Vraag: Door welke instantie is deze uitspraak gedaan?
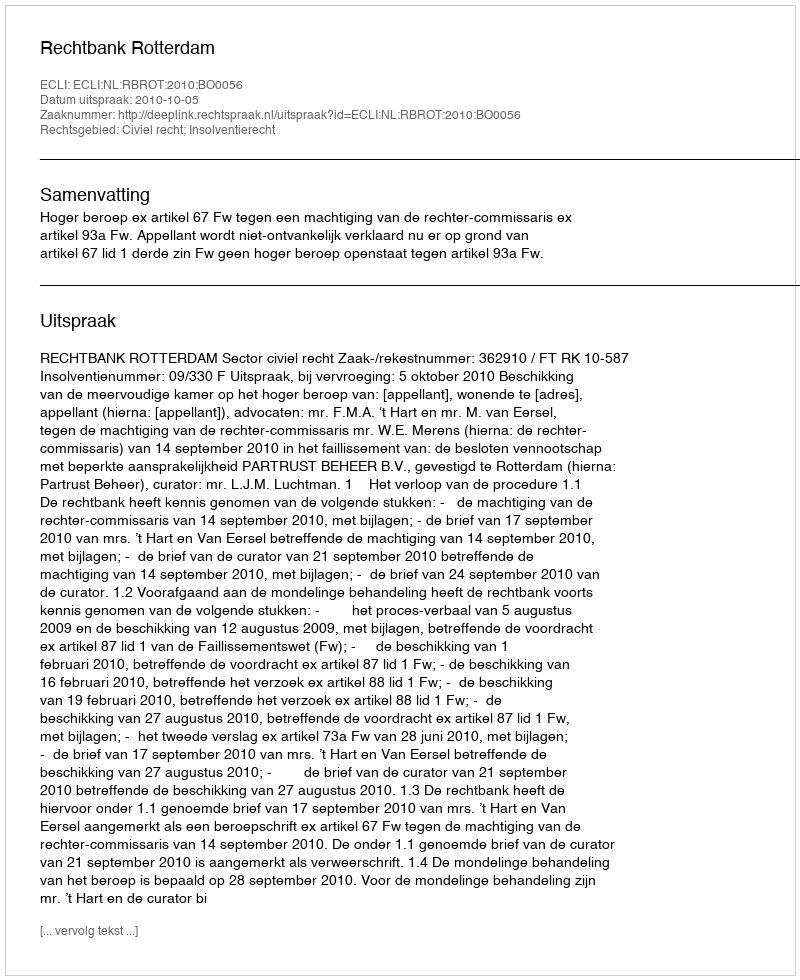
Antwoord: Rechtbank Rotterdam